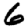
Digit: 6